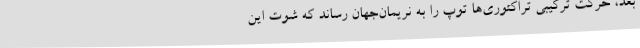
بعد، حرکت ترکیبی تراکتوری‌ها توپ را به نریمان‌جهان رساند که شوت این